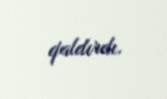
qaldırdı.